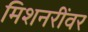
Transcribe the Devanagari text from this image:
मिशनरींवर